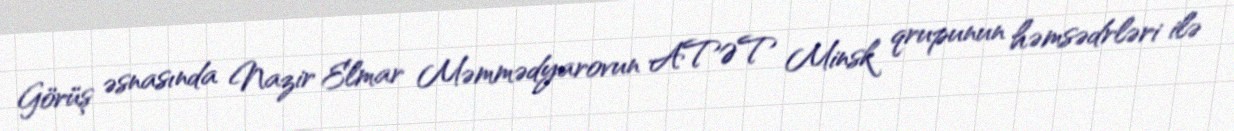
Görüş əsnasında Nazir Elmar Məmmədyarovun ATƏT Minsk qrupunun həmsədrləri ilə